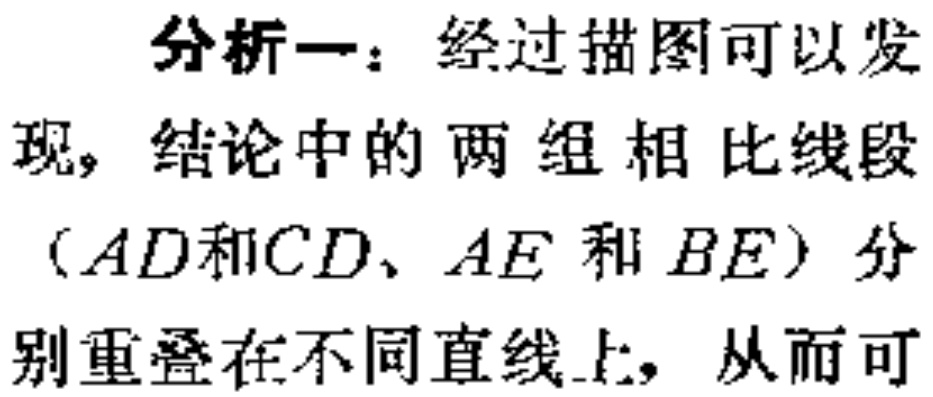
分析一：经过描图可以发现，结论中的两组相比线段（\(AD\)和\(CD\)、\(AE\)和\(BE\)）分别重叠在不同直线上，从而可